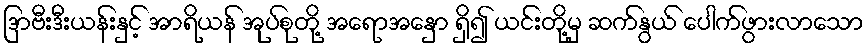
ဒြာဗီးဒီးယန်းနှင့် အာရိယန် အုပ်စုတို့ အရောအနှော ရှိ၍ ယင်းတို့မှ ဆက်နွယ် ပေါက်ဖွားလာသော